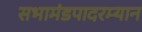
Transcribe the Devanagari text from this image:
सभामंडपादरम्यान